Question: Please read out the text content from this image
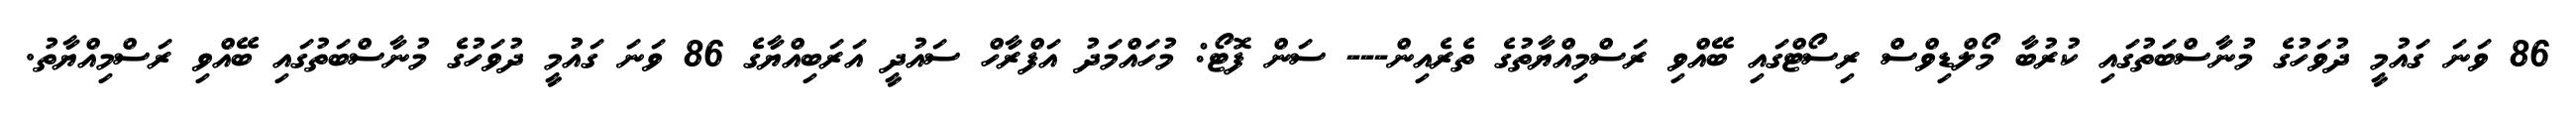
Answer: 86 ވަނަ ގައުމީ ދުވަހުގެ މުނާސްބަތުގައި ކުރުބާ މޯލްޑިވްސް ރިސޯޓްގައި ބޭއްވި ރަސްމިއްޔާތުގެ ތެރެއިން--- ސަން ފޮޓޯ: މުހައްމަދު އަފްރާހް ސައުދީ އަރަބިއްޔާގެ 86 ވަނަ ގައުމީ ދުވަހުގެ މުނާސްބަތުގައި ބޭއްވި ރަސްމިއްޔާތު.